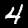
Label: 4